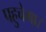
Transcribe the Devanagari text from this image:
पहुचेगा।